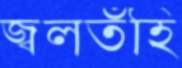
জ্বলতঁহি